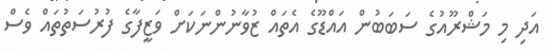
އަދި މި މަޝްރޫއުގެ ސަބަބުން އައްޑޫގެ އެތައް ޒުވާނުންނަކަށް ވަޒީފާގެ ފުރުސަތުތައް ވެސް